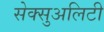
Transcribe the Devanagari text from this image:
सेक्सुअलिटी